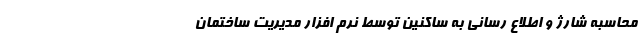
محاسبه شارژ و اطلاع رسانی به ساکنین توسط نرم افزار مدیریت ساختمان